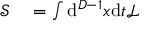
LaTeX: \begin{array} { r l } { { \mathcal { S } } } & { { } = \int \mathrm { d } ^ { D - 1 } x \mathrm { d } t { \mathcal { L } } } \end{array}